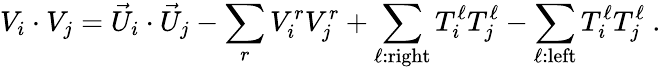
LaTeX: V_{i}\cdot V_{j}={\vec{U}}_{i}\cdot{\vec{U}}_{j}-\sum_{r}V_{i}^{r}V_{j}^{r}+\sum_{\ell:{\mathrm{right}}}T_{i}^{\ell}T_{j}^{\ell}-\sum_{\ell:{\mathrm{left}}}T_{i}^{\ell}T_{j}^{\ell}~.